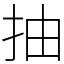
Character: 抽